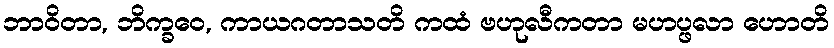
ဘာဝိတာ, ဘိက္ခဝေ, ကာယဂတာသတိ ကထံ ဗဟုလီကတာ မဟပ္ဖလာ ဟောတိ